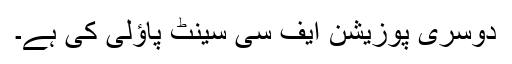
دوسری پوزیشن ایف سی سینٹ پاؤلی کی ہے۔